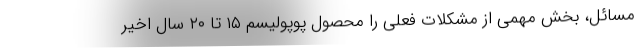
مسائل، بخش مهمی از مشکلات فعلی را محصول پوپولیسم ۱۵ تا ۲۰ سال اخیر